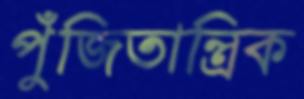
পুঁজিতান্ত্রিক